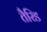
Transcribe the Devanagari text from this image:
तैरिड